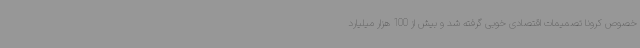
خصوص کرونا تصمیمات اقتصادی خوبی گرفته شد و بیش از 100 هزار میلیارد